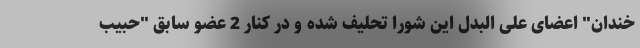
خندان" اعضای علی البدل این شورا تحلیف شده و در کنار 2 عضو سابق "حبیب